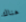
هناك